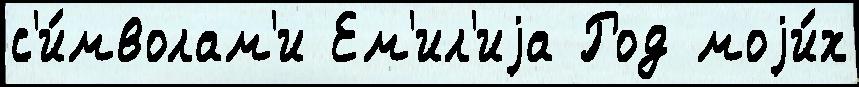
с'и́мволам'и Ем'ил'иjа Род моjи́х